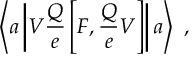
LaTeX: \left\langle a \left| V \frac { Q } { e } \left[ F , \frac { Q } { e } V \right] \right| a \right\rangle ~ ,